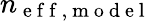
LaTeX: n_{\mathrm{~e~f~f~,~m~o~d~e~l~}}